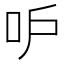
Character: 𠯖